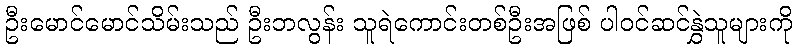
ဦးမောင်မောင်သိမ်းသည် ဦးဘလွန်း သူရဲကောင်းတစ်ဦးအဖြစ် ပါဝင်ဆင်နွှဲသူများကို